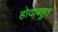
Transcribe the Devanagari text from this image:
होदाबहुत